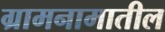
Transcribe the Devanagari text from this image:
ग्रामनामातील